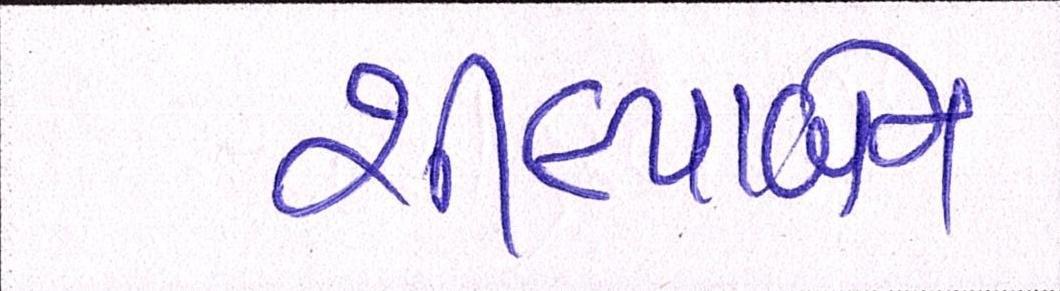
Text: શીલ્પાબેન